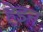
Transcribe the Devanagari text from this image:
हेइन्